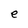
Character: e